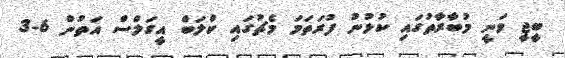
ބީޖީ ވަނީ މުބާރާތުގައި ކުޅުނު ފުރަތަމަ މެޗުގައި ކްލަބް އީގަލްސް އަތުން 6-3